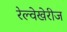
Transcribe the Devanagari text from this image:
रेल्वेखेरीज